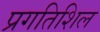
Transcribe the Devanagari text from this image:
प्रगतिशिल